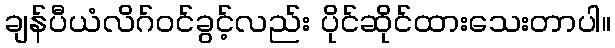
ချန်ပီယံလိဂ်ဝင်ခွင့်လည်း ပိုင်ဆိုင်ထားသေးတာပါ။